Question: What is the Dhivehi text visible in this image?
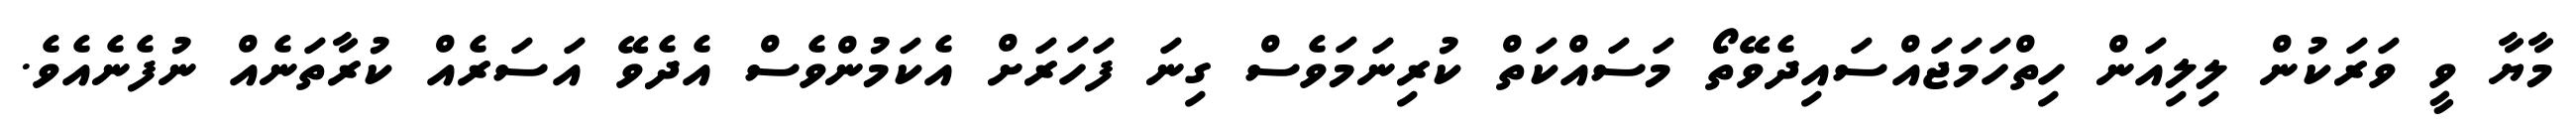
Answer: މާޔާ ވީ ވަރަކުން ލިލިއަން ހިތްހަމަޖައްސައިދެވޭތޯ މަސައްކަތް ކުރިނަމަވެސް ގިނަ ފަހަރަށް އެކަމުންވެސް އެދެވޭ އަސަރެއް ކުރާތަނެއް ނުފެނެއެވެ.